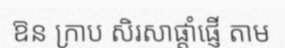
ឱន ក្រាប សិរសាផ្តាំផ្ញើ តាម